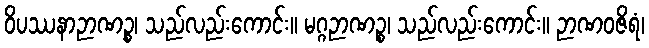
ဝိပဿနာဉာဏဉ္စ၊ သည်လည်းကောင်း။ မဂ္ဂဉာဏဉ္စ၊ သည်လည်းကောင်း။ ဉာဏဝဇိရံ၊